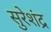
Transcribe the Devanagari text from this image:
सुरेशंद्र